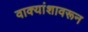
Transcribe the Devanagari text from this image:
वाक्यांशावरून